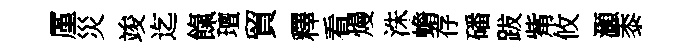
厪災竣迄餼璮貿釋看熳洙蟾存磻跋觜攸灝黍